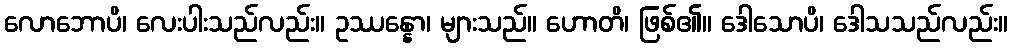
လောဘောပိ၊ လေးပါးသည်လည်း။ ဥဿန္နော၊ များသည်။ ဟောတိ၊ ဖြစ်၏။ ဒေါသောပိ၊ ဒေါသသည်လည်း။